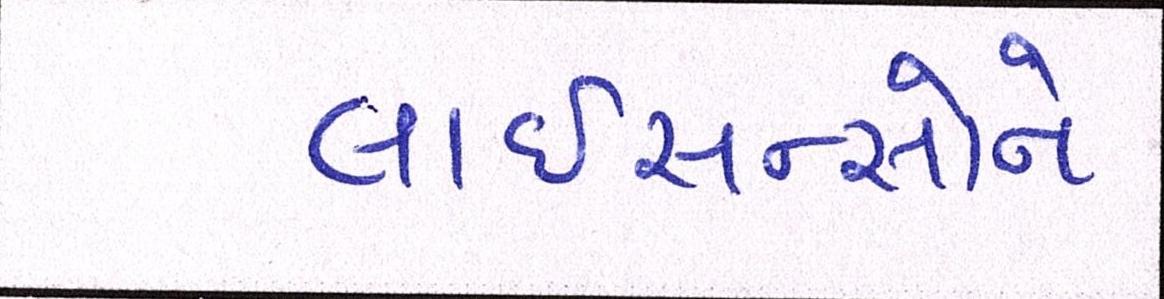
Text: લાઇસન્સોને